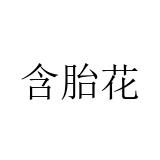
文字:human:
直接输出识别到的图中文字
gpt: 含胎花